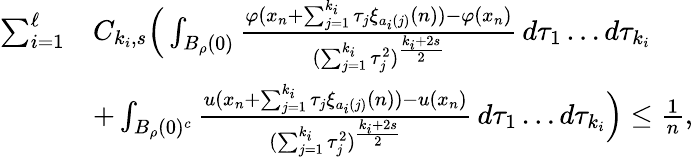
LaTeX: \begin{array}{rl}{\sum_{i=1}^{\ell}}&{C_{k_{i},s}\Big(\int_{B_{\rho}(0)}\frac{\varphi(x_{n}+\sum_{j=1}^{k_{i}}\tau_{j}\xi_{a_{i}(j)}(n))-\varphi(x_{n})}{(\sum_{j=1}^{k_{i}}\tau_{j}^{2})^{\frac{k_{i}+2s}{2}}}\, d\tau_{1}\dots d\tau_{k_{i}}}\\ &{+\int_{B_{\rho}(0)^{c}}\frac{u(x_{n}+\sum_{j=1}^{k_{i}}\tau_{j}\xi_{a_{i}(j)}(n))-u(x_{n})}{(\sum_{j=1}^{k_{i}}\tau_{j}^{2})^{\frac{k_{i}+2s}{2}}}\, d\tau_{1}\dots d\tau_{k_{i}}\Big)\le\frac 1n,}\end{array}